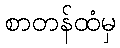
စာတန်ထံမှ